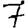
Digit: 7